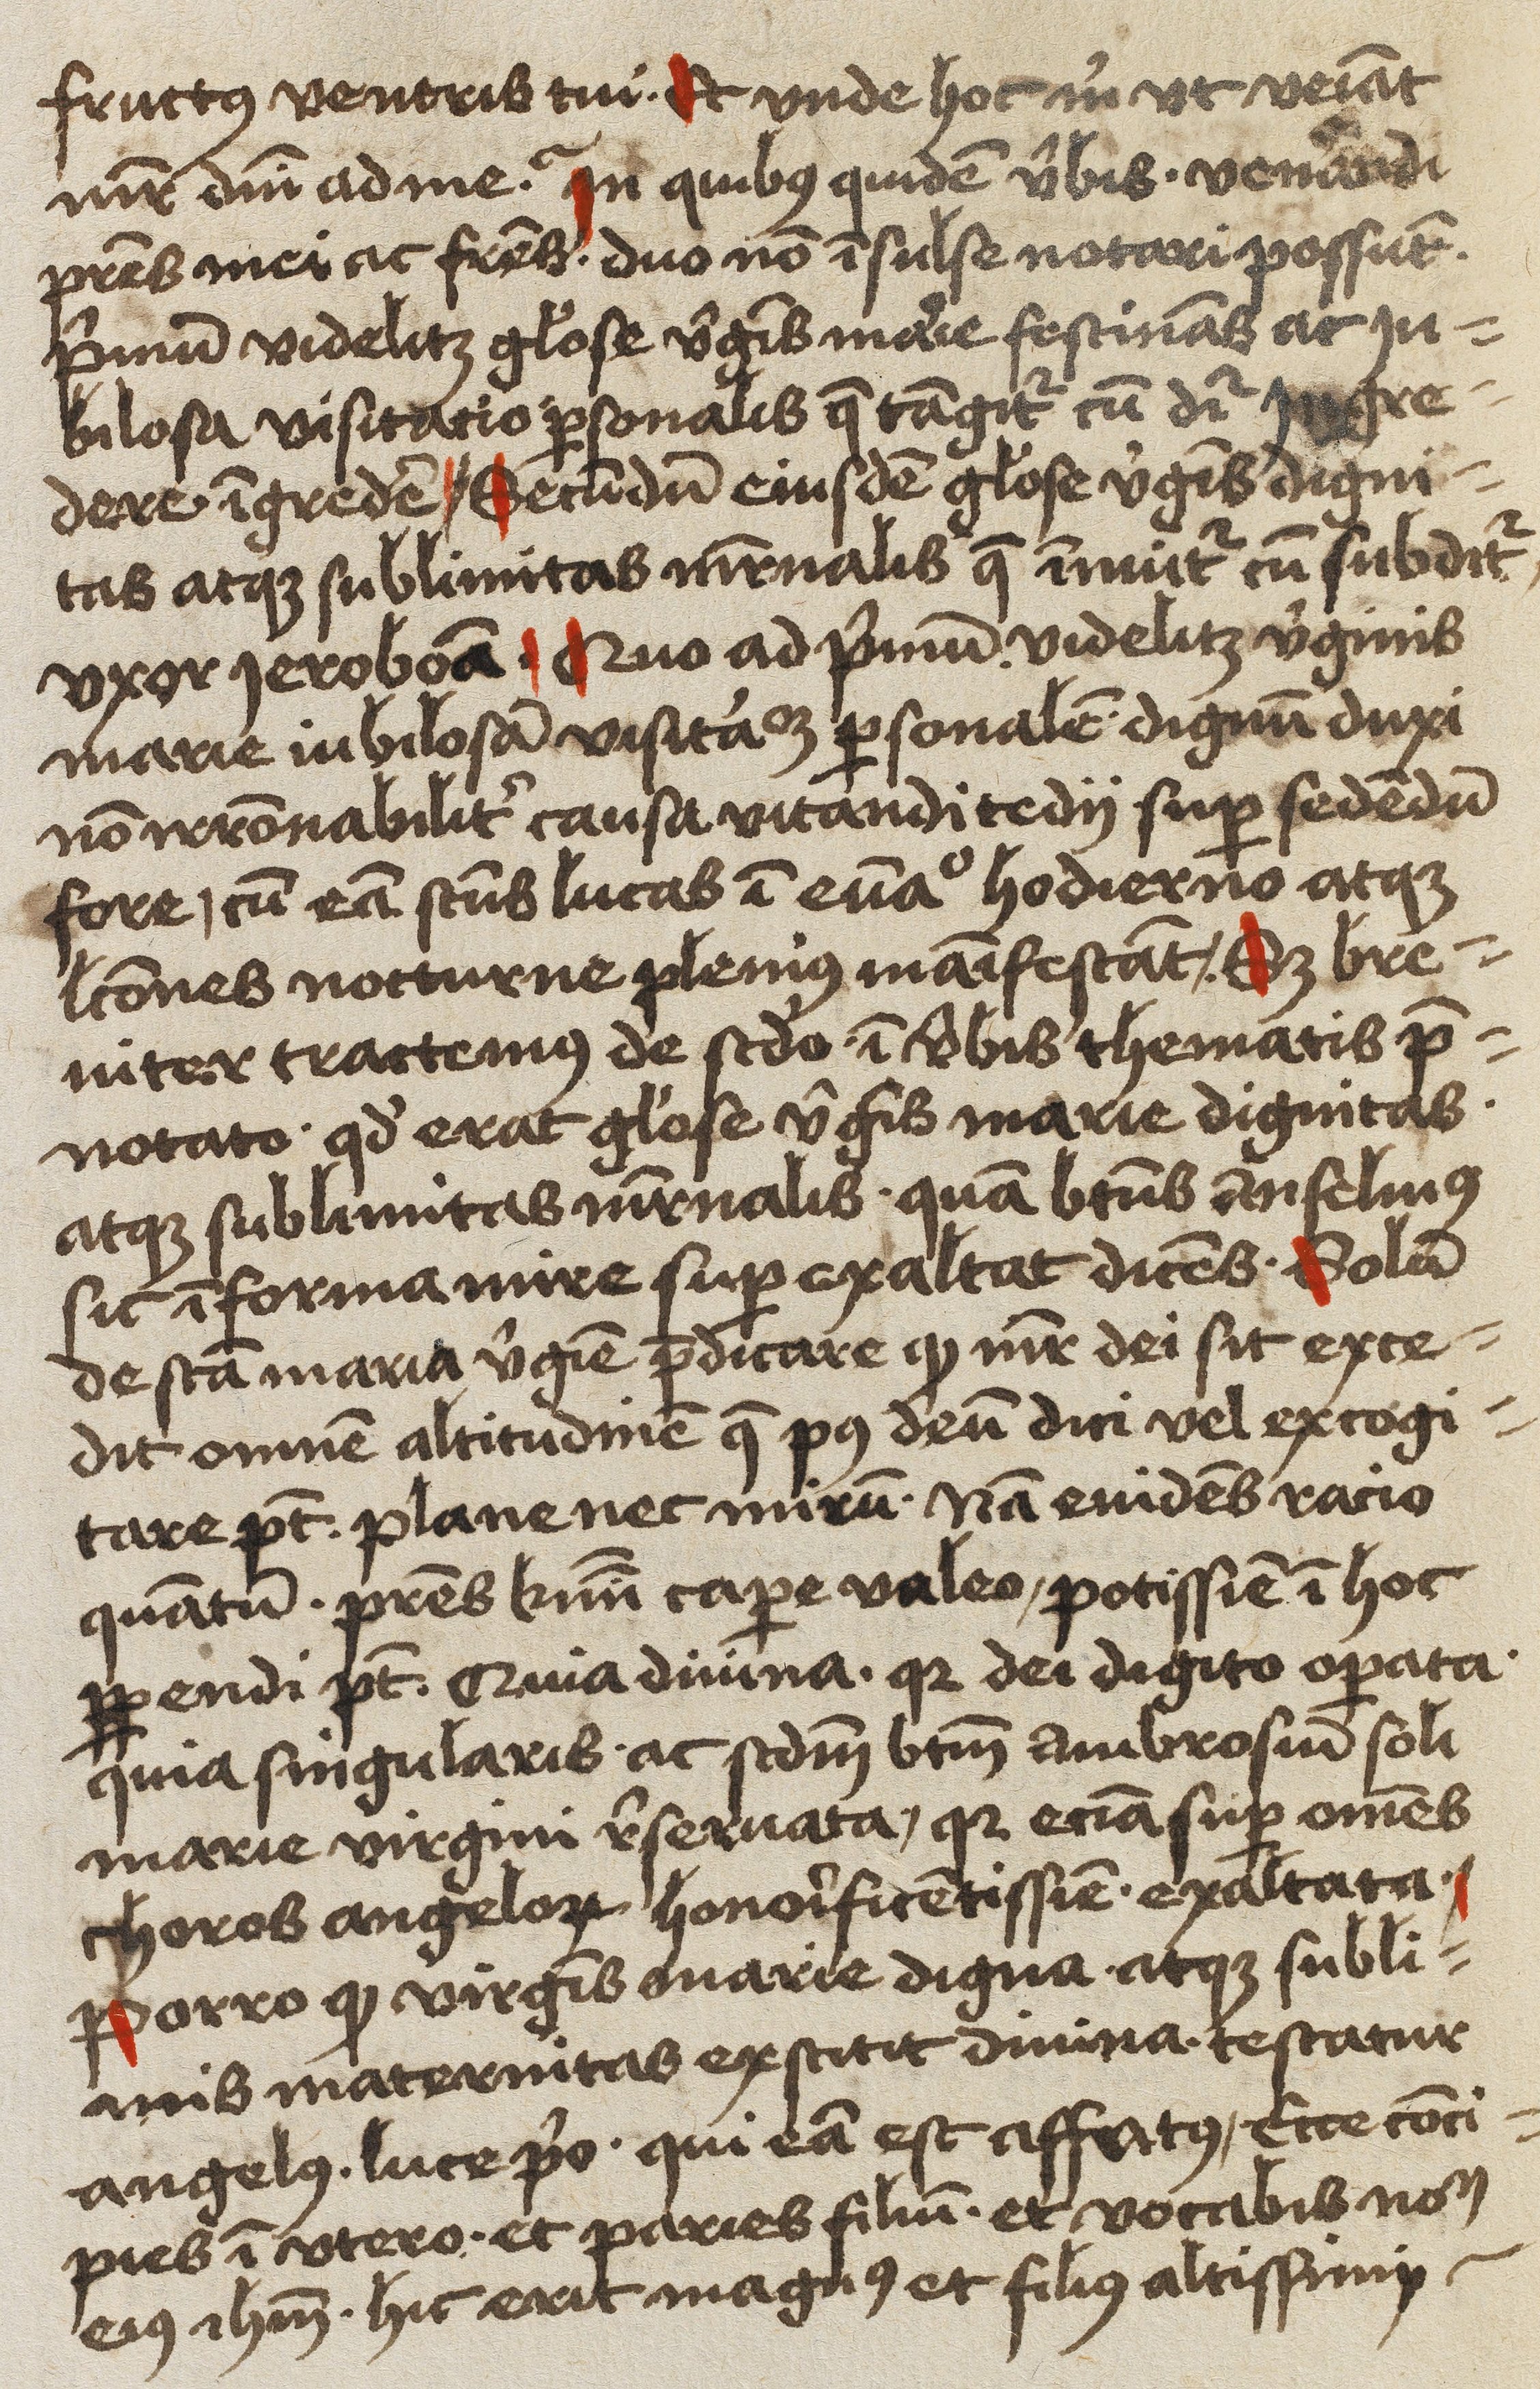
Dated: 1450–1499